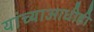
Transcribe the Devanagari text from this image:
यांच्याआधीही